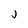
Character: j